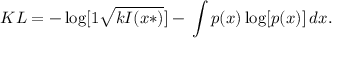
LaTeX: K L = - \log [ 1 { \sqrt { k I ( x * ) } } ] - \, \int p ( x ) \log [ p ( x ) ] \, d x .